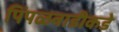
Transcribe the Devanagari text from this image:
पिंपळवाडीकडे